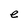
Character: e